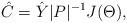
LaTeX: \begin{align*}\hat C=\hat Y |P|^{-1} J(\Theta),\end{align*}